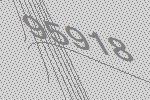
95918